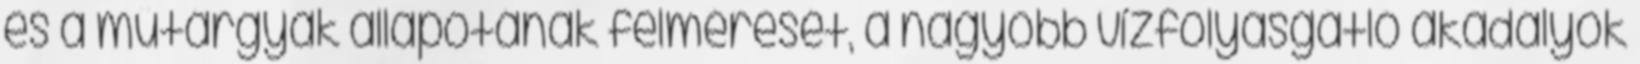
és a műtárgyak állapotának felmérését, a nagyobb vízfolyásgátló akadályok